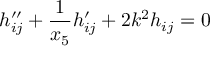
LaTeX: h _ { i j } ^ { \prime \prime } + \frac { 1 } { x _ { 5 } } h _ { i j } ^ { \prime } + 2 k ^ { 2 } h _ { i j } = 0